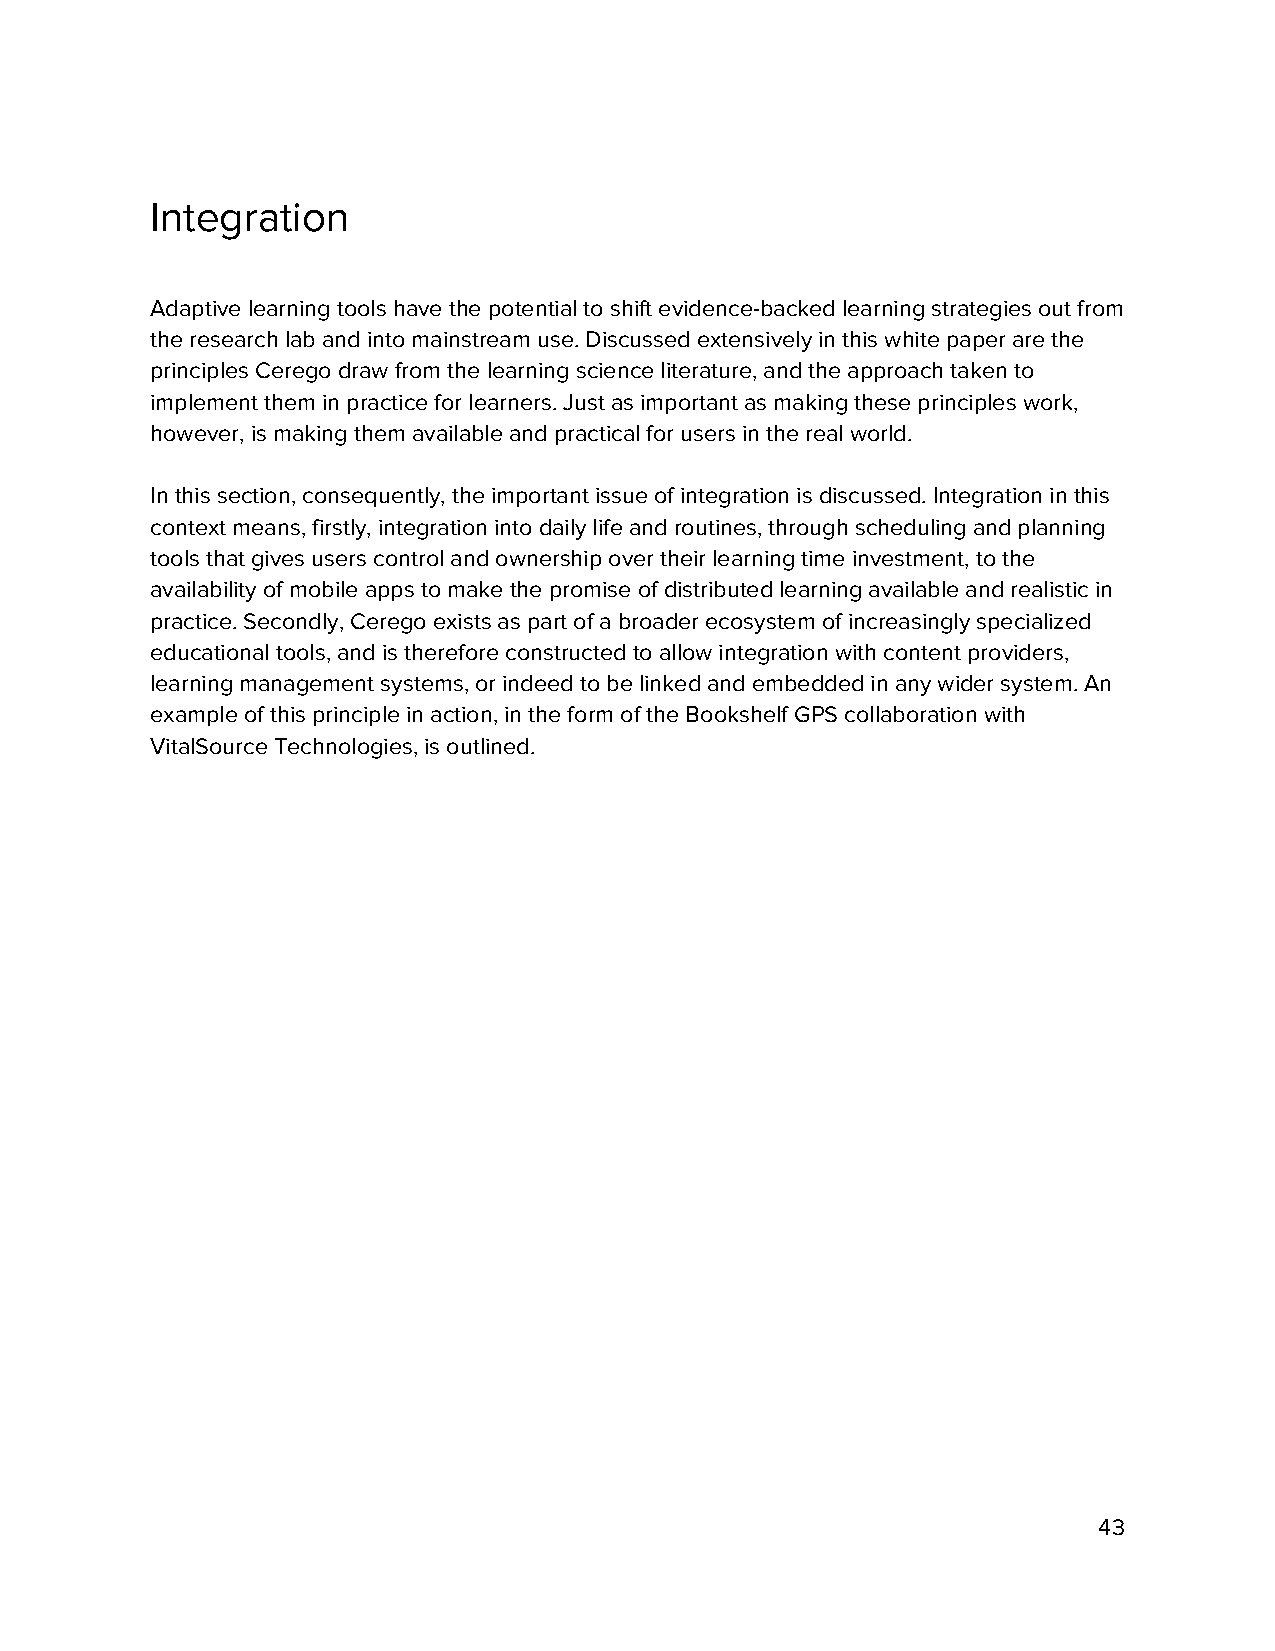
Integration
 Adaptive learning tools have the potential to shift evidence-backed learning strategies out from
 the research lab and into mainstream use. Discussed extensively in this white paper are the
 principles Cerego draw from the learning science literature, and the approach taken to
 implement them in practice for learners. Just as important as making these principles work,
 however, is making them available and practical for users in the real world.
 In this section, consequently, the important issue of integration is discussed. Integration in this
 context means, firstly, integration into daily life and routines, through scheduling and planning
 tools that gives users control and ownership over their learning time investment, to the
 availability of mobile apps to make the promise of distributed learning available and realistic in
 practice. Secondly, Cerego exists as part of a broader ecosystem of increasingly specialized
 educational tools, and is therefore constructed to allow integration with content providers,
 learning management systems, or indeed to be linked and embedded in any wider system. An
 example of this principle in action, in the form of the Bookshelf GPS collaboration with
 VitalSource Technologies, is outlined.
 43